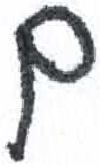
אות: ם